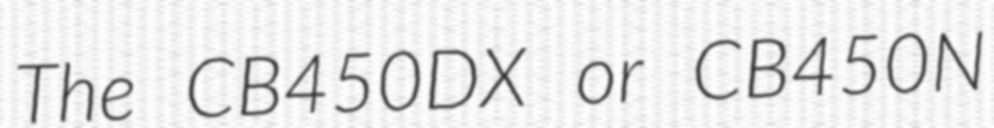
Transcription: The CB450DX or CB450N